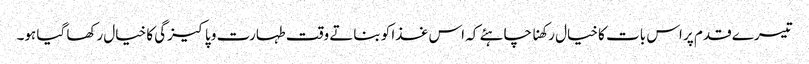
تیسرے قدم پر اس بات کا خیال رکھنا چاہئے کہ اس غذا کو بناتے وقت طہارت و پاکیزگی کا خیال رکھا گیا ہو۔